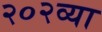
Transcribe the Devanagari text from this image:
२०२व्या